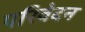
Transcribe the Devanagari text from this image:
परिवेदन